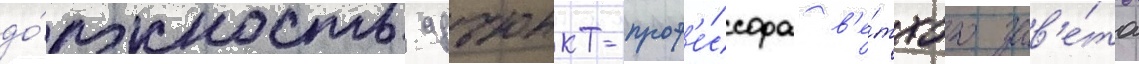
до́лжность адъюнкт-проф'е́ссора в'е́тхого зав'е́та